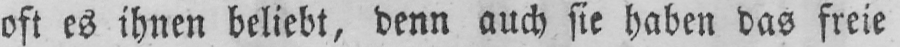
oft es ihnen beliebt, denn auch sie haben das freie